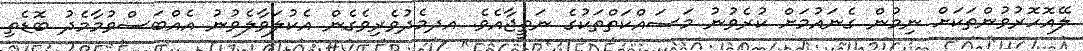
ލޭއޮހޮރުވުންތަކަށް ނިމުން ގެނައުމަށް ކުރެވުނު މަސައްކަތްތަކުގެ ނަތީޖާއެވެ. އދމެދުވެރިވެގެން އެކުލަވާލެވުނު އެއްބަސްވުމާމެދު ބޮޑެތި